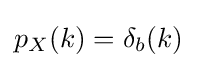
{\textstyle p_{X}(k)=\delta _{b}(k)}